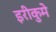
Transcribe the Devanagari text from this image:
इरीकुमे